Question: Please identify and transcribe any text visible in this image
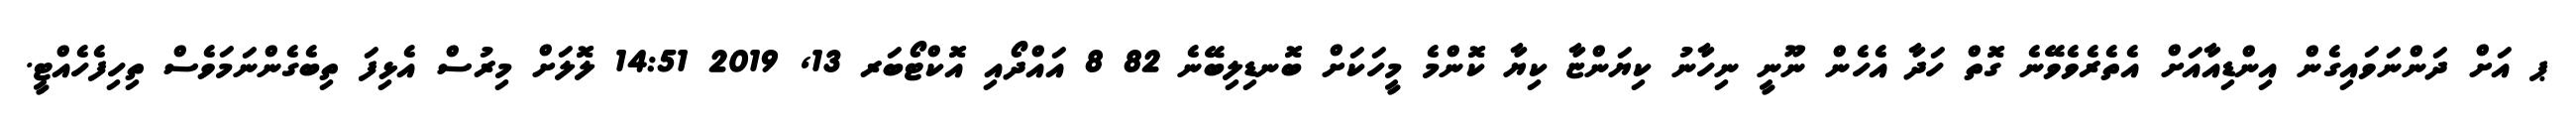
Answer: ޕ އަށް ދަންނަވައިގެން އިންޑިއާއަށް އެތެރެވެވޭނެ ގޮތް ހަދާ އެހެން ނޫނީ ނިހާނު ކިޔަންޏާ ކިޔާ ކޮންމެ މީހަކަށް ބޮނޑިލިބޭނެ 82 8 އައްދޯއި އޮކްޓޯބަރ 13, 2019 14:51 ލޮލަށް މިރުސް އެޅިފަ ތިބެގެންނަމަވެސް ތިހިފެހެއްޓީ.